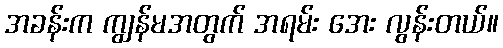
အခန်းက ကျွန်မအတွက် အရမ်း အေး လွန်းတယ်။